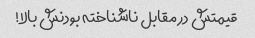
قیمتش در مقابل ناشناخته بودنش بالا!